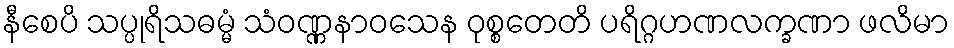
နီစေပိ သပ္ပုရိသဓမ္မံ သံဝဏ္ဏနာဝသေန ဝုစ္စတေတိ ပရိဂ္ဂဟဏလက္ခဏာ ဖလိမာ